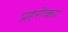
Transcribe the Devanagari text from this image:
प्रहरीका